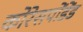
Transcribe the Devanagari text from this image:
कोरेसपोंडेंड